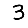
Digit: 3